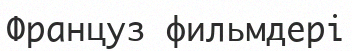
Француз фильмдері